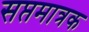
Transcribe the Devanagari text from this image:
सप्तमात्रक